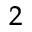
^ 2